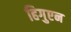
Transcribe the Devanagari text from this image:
हिगुएन